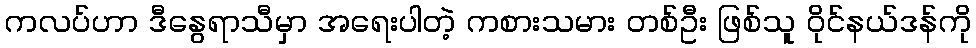
ကလပ်ဟာ ဒီနွေရာသီမှာ အရေးပါတဲ့ ကစားသမား တစ်ဦး ဖြစ်သူ ဝိုင်နယ်ဒန်ကို